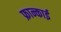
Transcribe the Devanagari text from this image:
फ्रान्काई